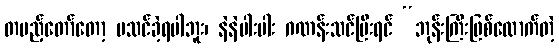
တပည့်တော်တော့ မသင်ခဲ့ရပါဘူး၊ နဲနဲပါးပါး ဂဏန်းသင်ပြီးရင် “ဘုန်းကြီးဖြစ်လောက်တဲ့